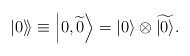
LaTeX: \begin{align*}\left. \left| 0\right\rangle \! \right\rangle \equiv \left| 0,\widetilde{0}\right\rangle =\left| 0\right\rangle \otimes \widetilde{\left|0\right\rangle }.\end{align*}